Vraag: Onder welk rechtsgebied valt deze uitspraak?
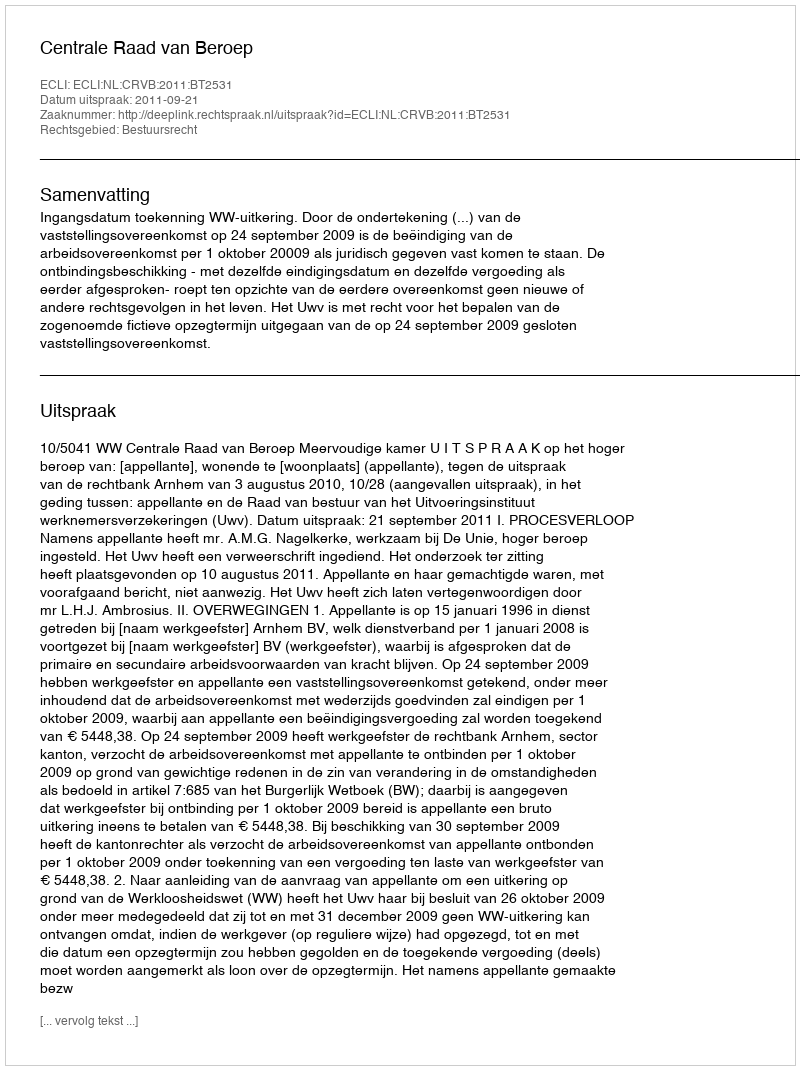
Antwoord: Bestuursrecht